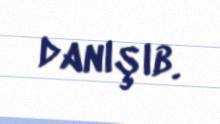
danışıb.